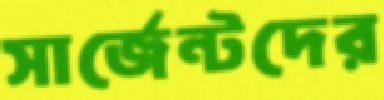
সার্জেন্টদের